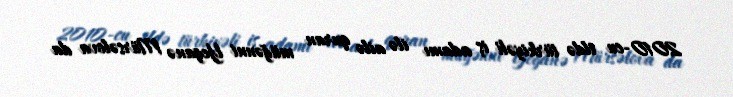
2010-cu ildə türkiyəli iş adamı ilə ailə quran müğənni Yeganə Mürsəlova da